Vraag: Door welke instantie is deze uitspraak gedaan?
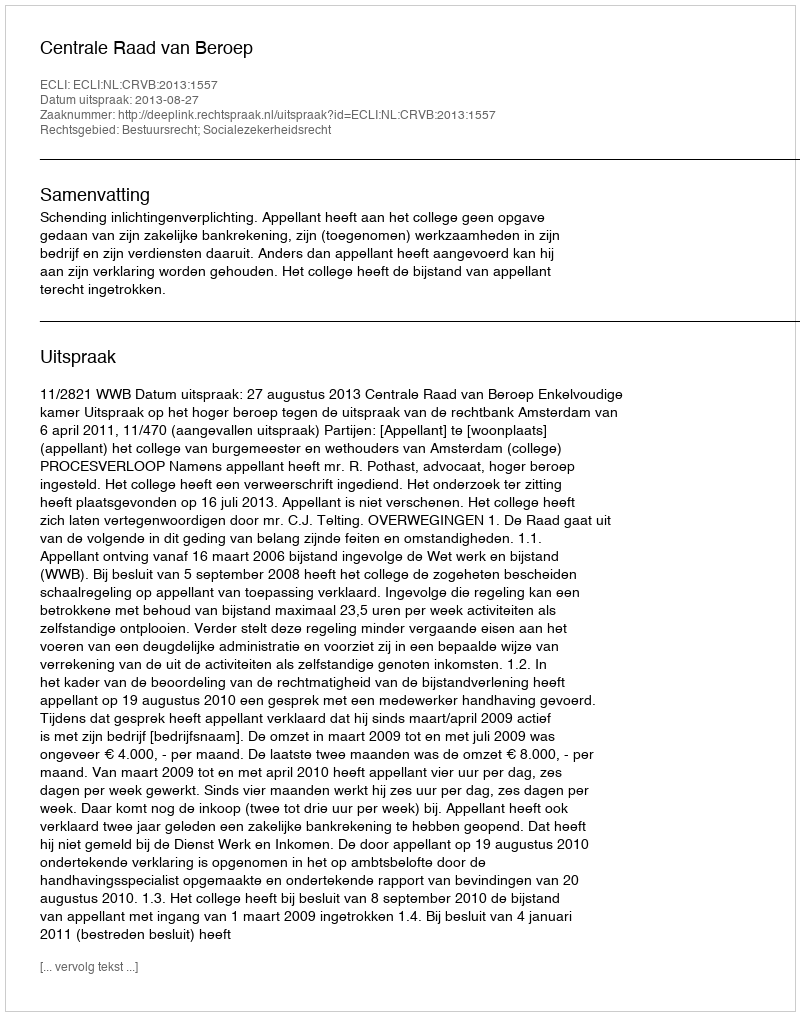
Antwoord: Centrale Raad van Beroep